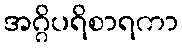
အဂ္ဂိပရိစာရကာ